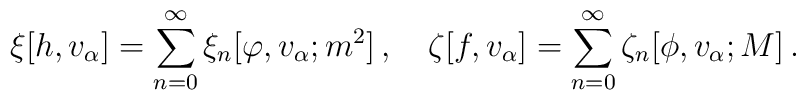
\xi[h,v_{\alpha}] = \sum_{n=0}^{\infty} \xi_{n}[\varphi ,v_{\alpha};m^{2}]\, ,\quad \zeta[f,v_{\alpha}] = \sum_{n=0}^{\infty} \zeta_{n}[\phi,v_{\alpha};M]\, .